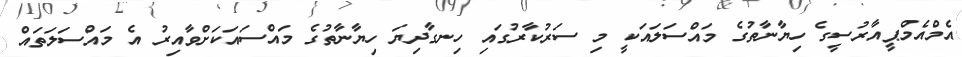
އެމްއެމްޕީއާރުސީގެ ހިޔާނާތުގެ މައްސަލައަކީ މި ސަރުކާރުގައި ހިނގާދިޔަ ހިޔާނާތުގެ މައްސައަކަށްވާއިރު އެ މައްސަލަތައް